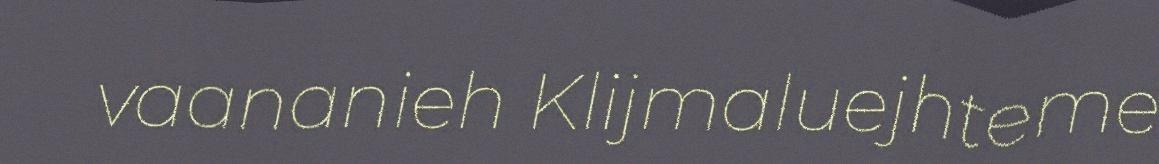
vaananieh Klijmaluejhteme